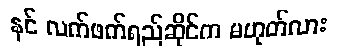
နင် လက်ဖက်ရည်ဆိုင်က မဟုတ်လား